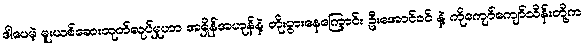
ဒါပေမဲ့ မူးယစ်ဆေးထုတ်လုပ်မှုဟာ အရှိန်အဟုန်နဲ့ တိုးပွားနေကြောင်း ဦးအောင်ခင် နဲ့ ကိုကျော်ကျော်သိန်းတို့က